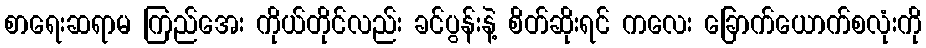
စာရေးဆရာမ ကြည်အေး ကိုယ်တိုင်လည်း ခင်ပွန်းနဲ့ စိတ်ဆိုးရင် ကလေး ခြောက်ယောက်စလုံးကို